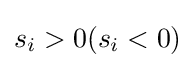
s_{i}>0(s_{i}<0)